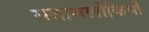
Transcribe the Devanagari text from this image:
गतावलोकियों